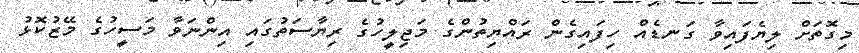
މިގޮތަށް ލިޔެފައިވާ ގަނޑެއް ހިފައިގެން ރައްޔިތުންގެ މަޖިލީހުގެ ރިޔާސަތުގައި އިންނަވާ މަސީހުގެ މޭޒުކޮޅު